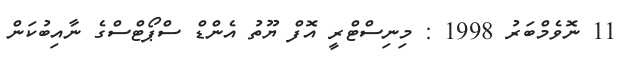
11 ނޮވެމްބަރު 1998 : މިނިސްޓްރީ އޮފް ޔޫތު އެންޑް ސްޕޯޓްސްގެ ނާއިބުކަން